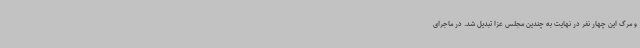
و مرگ این چهار نفر در نهایت به چندین مجلس عزا تبدیل شد. در ماجرای